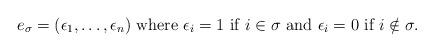
LaTeX: \begin{align*} e_{\sigma} =(\epsilon_1, \ldots, \epsilon_n) ~ \mbox{where} ~ \epsilon_i =1 ~ \mbox{if} ~ i \in \sigma ~ \mbox{and}~ \epsilon_i =0 ~ \mbox{if} ~ i \notin \sigma. \end{align*}